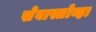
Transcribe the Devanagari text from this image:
सेवास्तोव्हा